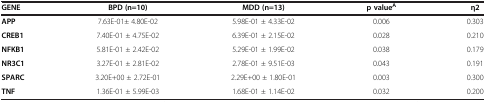
<table><thead><tr><td><b>GENE</b></td><td><b>BPD (n=10)</b></td><td><b>MDD (n=13)</b></td><td><b>p value<sup>A</sup></b></td><td><b>η2</b></td></tr></thead><tbody><tr><td><b>APP</b></td><td>7.63E-01± 4.80E-02</td><td>5.98E-01 ± 4.33E-02</td><td>0.006</td><td>0.303</td></tr><tr><td><b>CREB1</b></td><td>7.40E-01 ± 4.75E-02</td><td>6.39E-01 ± 2.15E-02</td><td>0.028</td><td>0.210</td></tr><tr><td><b>NFKB1</b></td><td>5.81E-01 ± 2.42E-02</td><td>5.29E-01 ± 1.99E-02</td><td>0.038</td><td>0.179</td></tr><tr><td><b>NR3C1</b></td><td>3.27E-01 ± 2.81E-02</td><td>2.78E-01 ± 9.51E-03</td><td>0.043</td><td>0.191</td></tr><tr><td><b>SPARC</b></td><td>3.20E+00 ± 2.72E-01</td><td>2.29E+00 ± 1.80E-01</td><td>0.003</td><td>0.300</td></tr><tr><td><b>TNF</b></td><td>1.36E-01 ± 5.99E-03</td><td>1.68E-01 ± 1.14E-02</td><td>0.032</td><td>0.200</td></tr></tbody></table>